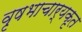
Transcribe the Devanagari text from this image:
वृषभाचार्यकृत